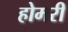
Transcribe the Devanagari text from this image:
होमरी